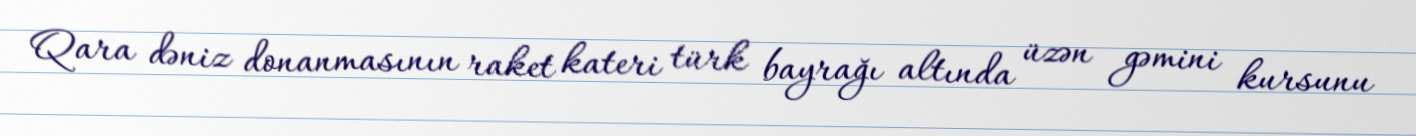
Qara dəniz donanmasının raket kateri türk bayrağı altında üzən gəmini kursunu